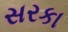
સરકા